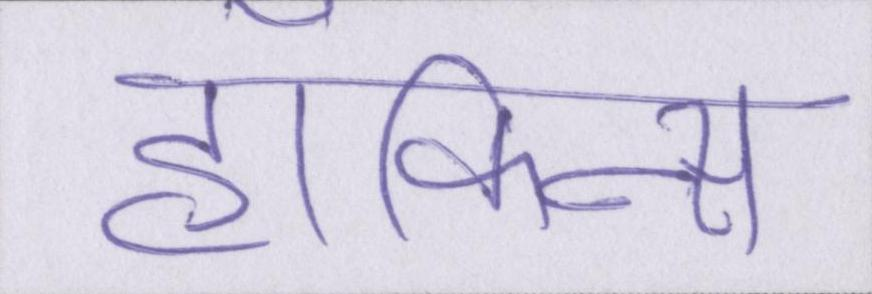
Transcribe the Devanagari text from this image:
हॉकिन्स